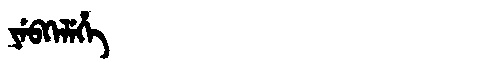
Manchu: ᠶᡝᠪᡴᡝᠯᡝᡥᡝ
Romanization: YEBKELEHE